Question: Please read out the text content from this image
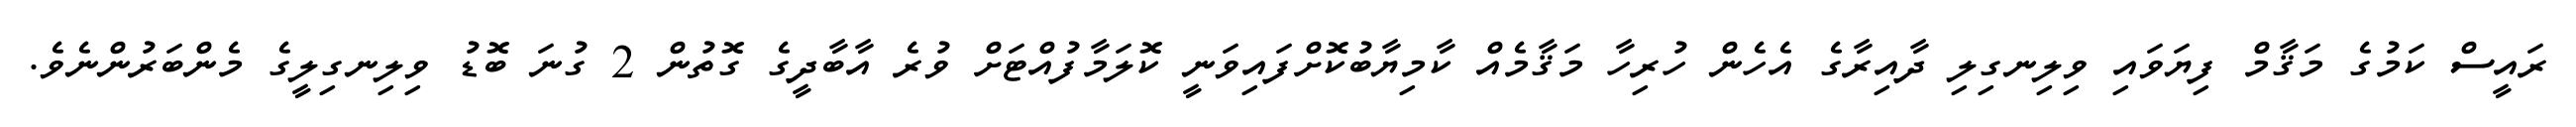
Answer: ރައީސް ކަމުގެ މަޤާމް ފިޔަވައި ވިލިނގިލި ދާއިރާގެ އެހެން ހުރިހާ މަޤާމެއް ކާމިޔާބުކޮށްފައިވަނީ ކޮލަމާފުއްޓަށް ވުރެ އާބާދީގެ ގޮތުން 2 ގުނަ ބޮޑު ވިލިނގިލީގެ މެންބަރުންނެވެ.